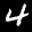
Label: 4